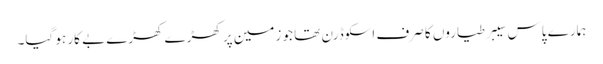
ہمارے پاس سیبر طیاروں کا صرف اسکوڈرن تھا جو زمین پر کھڑے کھڑے بے کار ہو گیا۔